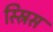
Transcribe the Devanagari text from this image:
स्स्रिस